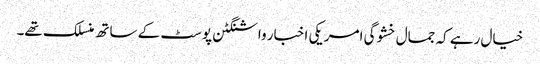
خیال رہے کہ جمال خشوگی امریکی اخبار واشنگٹن پوسٹ کے ساتھ منسلک تھے۔